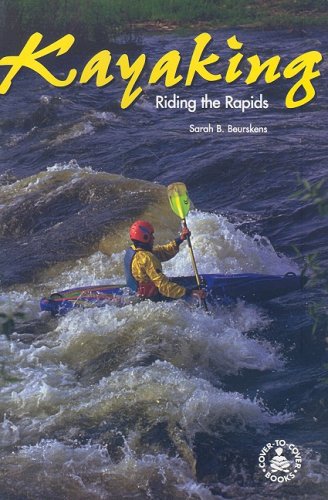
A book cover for Kayaking: Riding the Rapids (Cover-To-Cover Books); Sarah B. Beurskens; Teen & Young Adult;